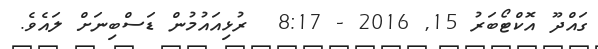
ގައްދޫ އޮކްޓޯބަރު 15